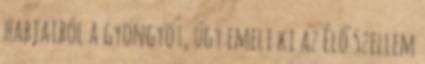
habjaiból a gyöngyöt, úgy emeli ki az Élő Szellem